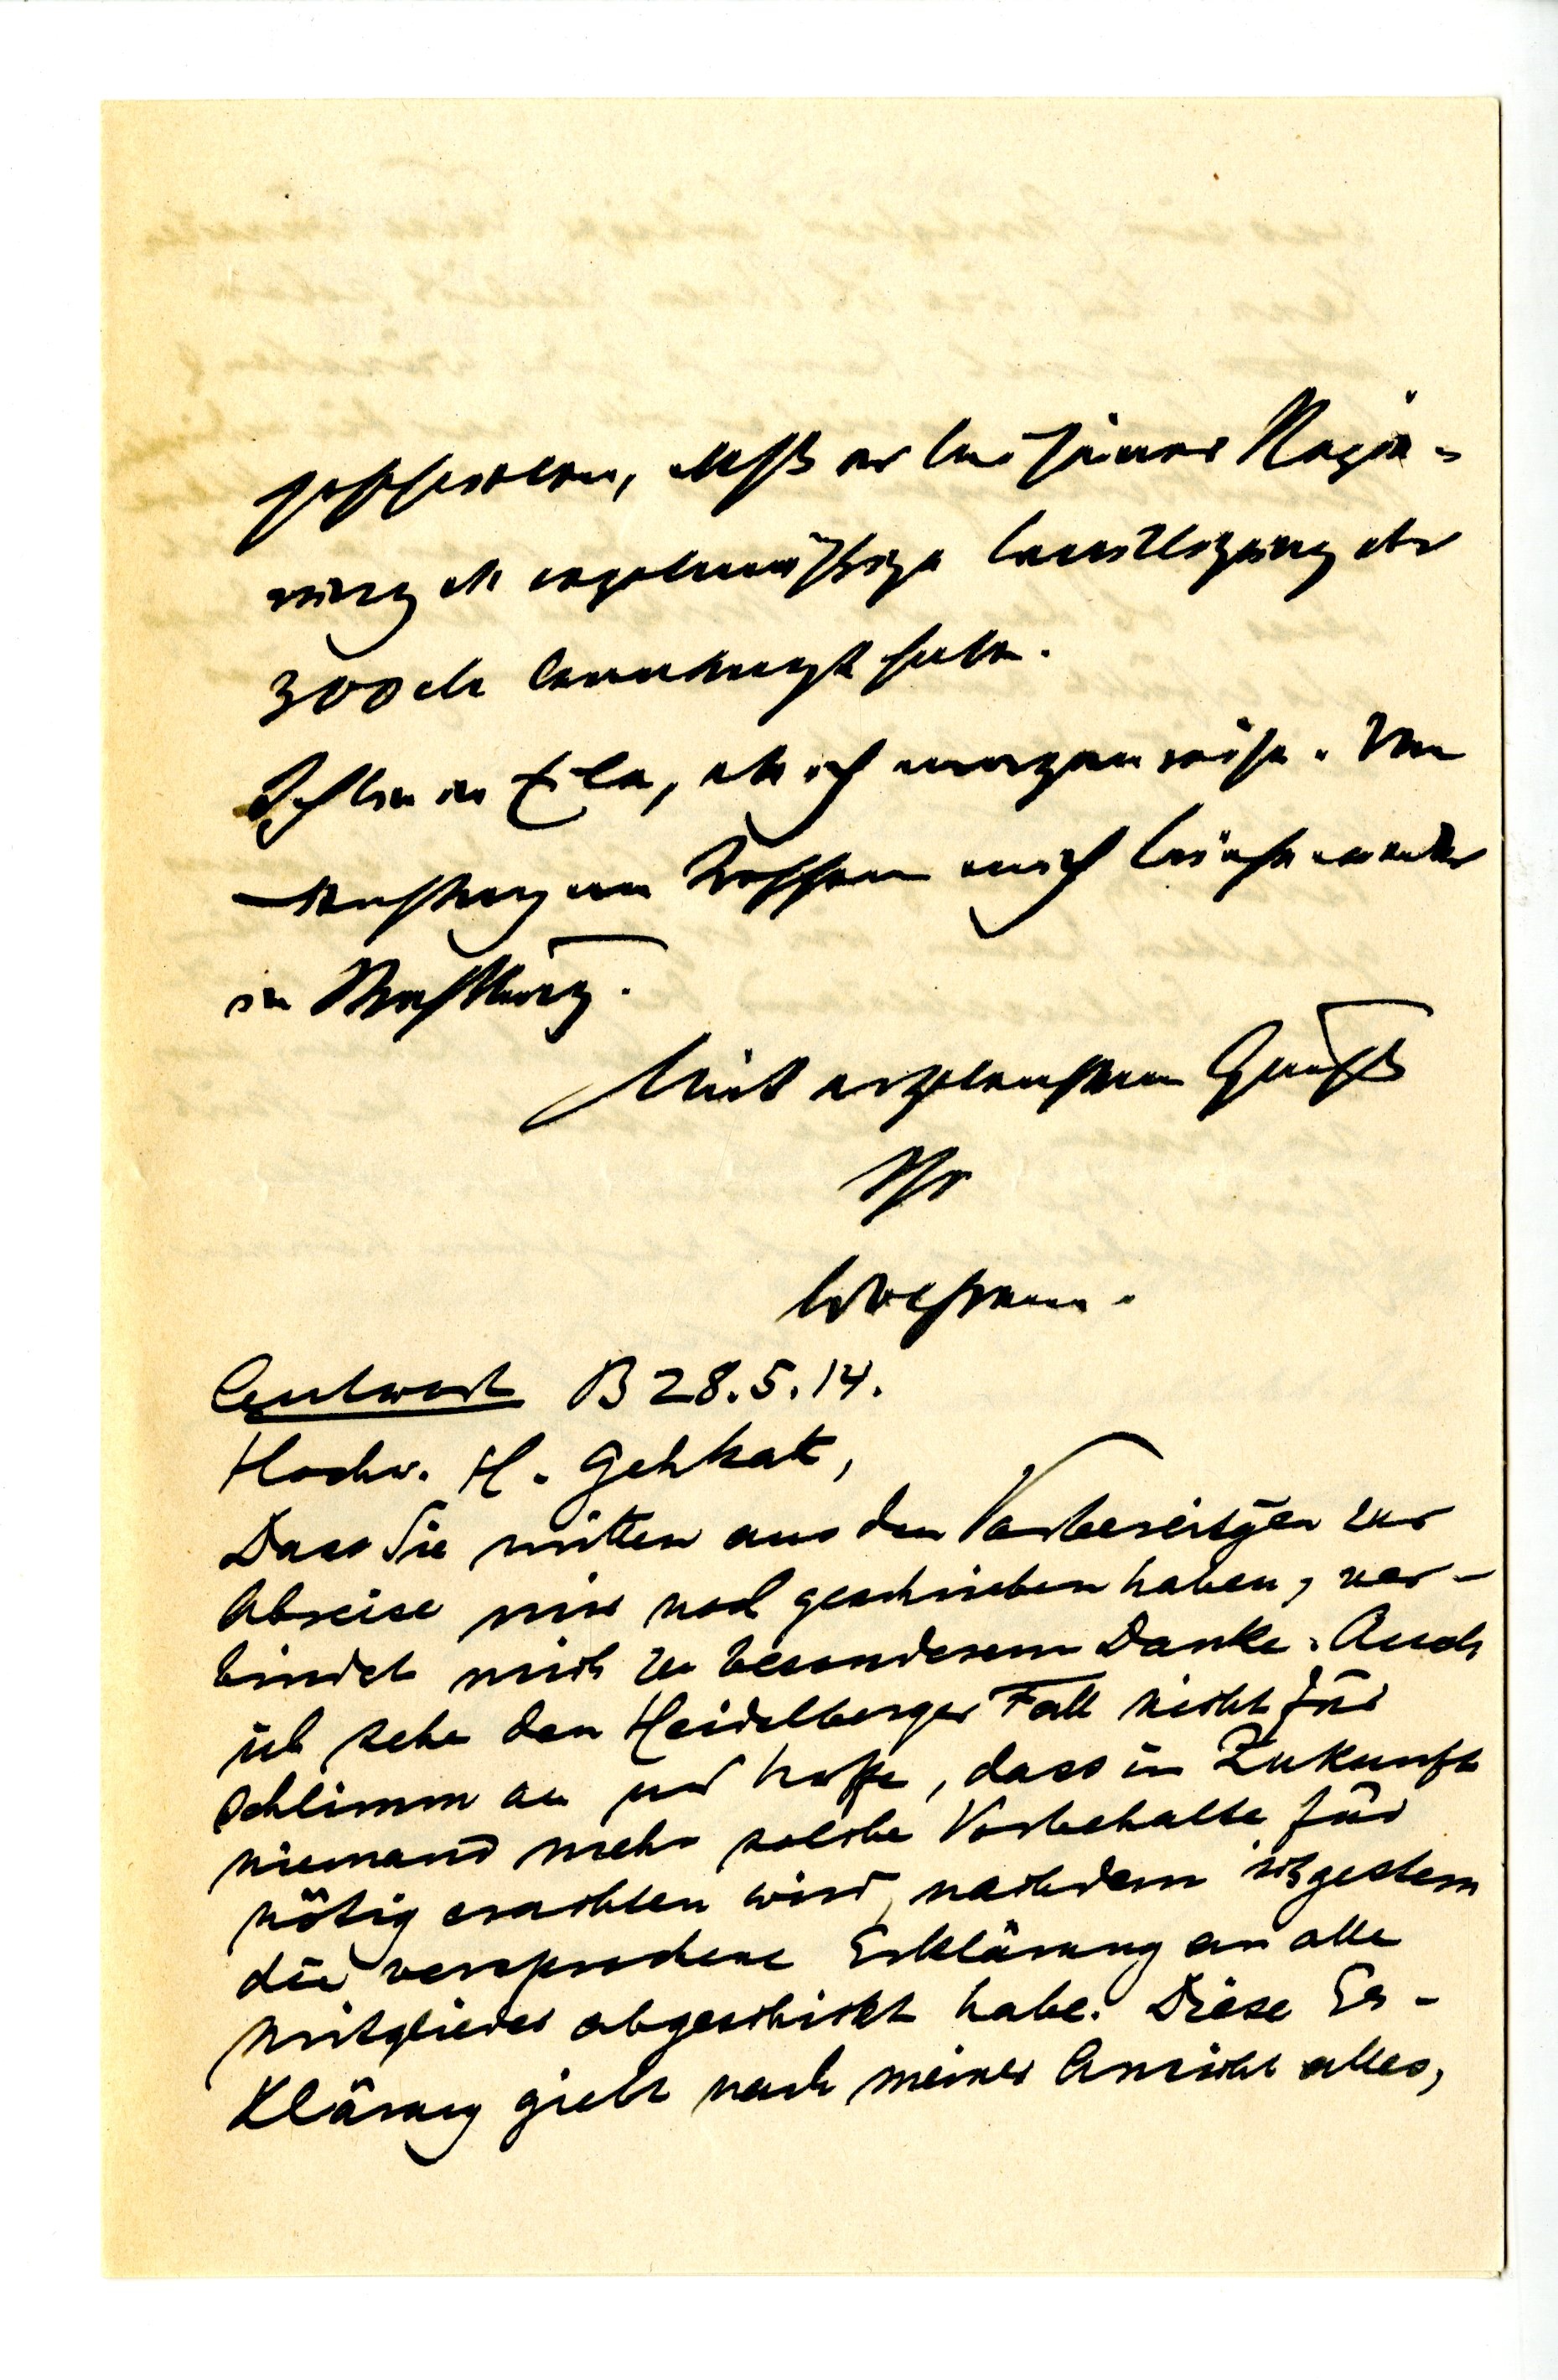
Antwort B 28.5.14
Hochv. H. Gehrat,
Dass Sie mitten aus den Vorbereitgen zur
Abreise mir noch geschrieben haben, ver¬
bindet mich zu besonderem Danke. Auch
ich sehe den Heidelberger Fall nicht für
schlimm an und hoffe, dass in Zukunft
niemand mehr solche Vorbehalte für
nötig erachten wird, nachdem ich gestern
die versprochene Erklärung an alle
Mitglieder abgeschickt habe. Diese Er¬
klärung giebt nach meiner Ansicht alles,